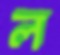
ল